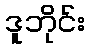
ဒူဘိုင်း